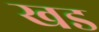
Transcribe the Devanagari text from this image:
खड